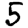
Digit: 5